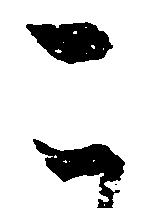
こ